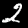
Label: 2